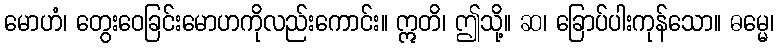
မောဟံ၊ တွေးဝေခြင်းမောဟကိုလည်းကောင်း။ ဣတိ၊ ဤသို့။ ဆ၊ ခြောပ်ပါးကုန်သော။ ဓမ္မေ၊